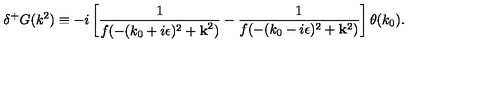
\delta ^ { + } G ( k ^ { 2 } ) \equiv - i \left[ \frac { 1 } { f ( - ( k _ { 0 } + i \epsilon ) ^ { 2 } + { \bf k } ^ { 2 } ) } - \frac { 1 } { f ( - ( k _ { 0 } - i \epsilon ) ^ { 2 } + { \bf k } ^ { 2 } ) } \right] \theta ( k _ { 0 } ) .